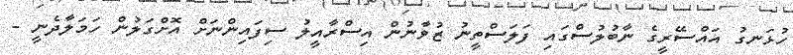
ހުޅަނގު އައްސޭރީގެ ނާބުލުސްގައި ފަލަސްތީނު ޒުވާނުން އިސްރާއީލު ސިފައިންނަށް އޮށްގަލުން ހަމަލާދެނީ -